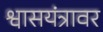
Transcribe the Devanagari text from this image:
श्वासयंत्रावर